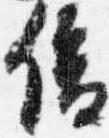
俊